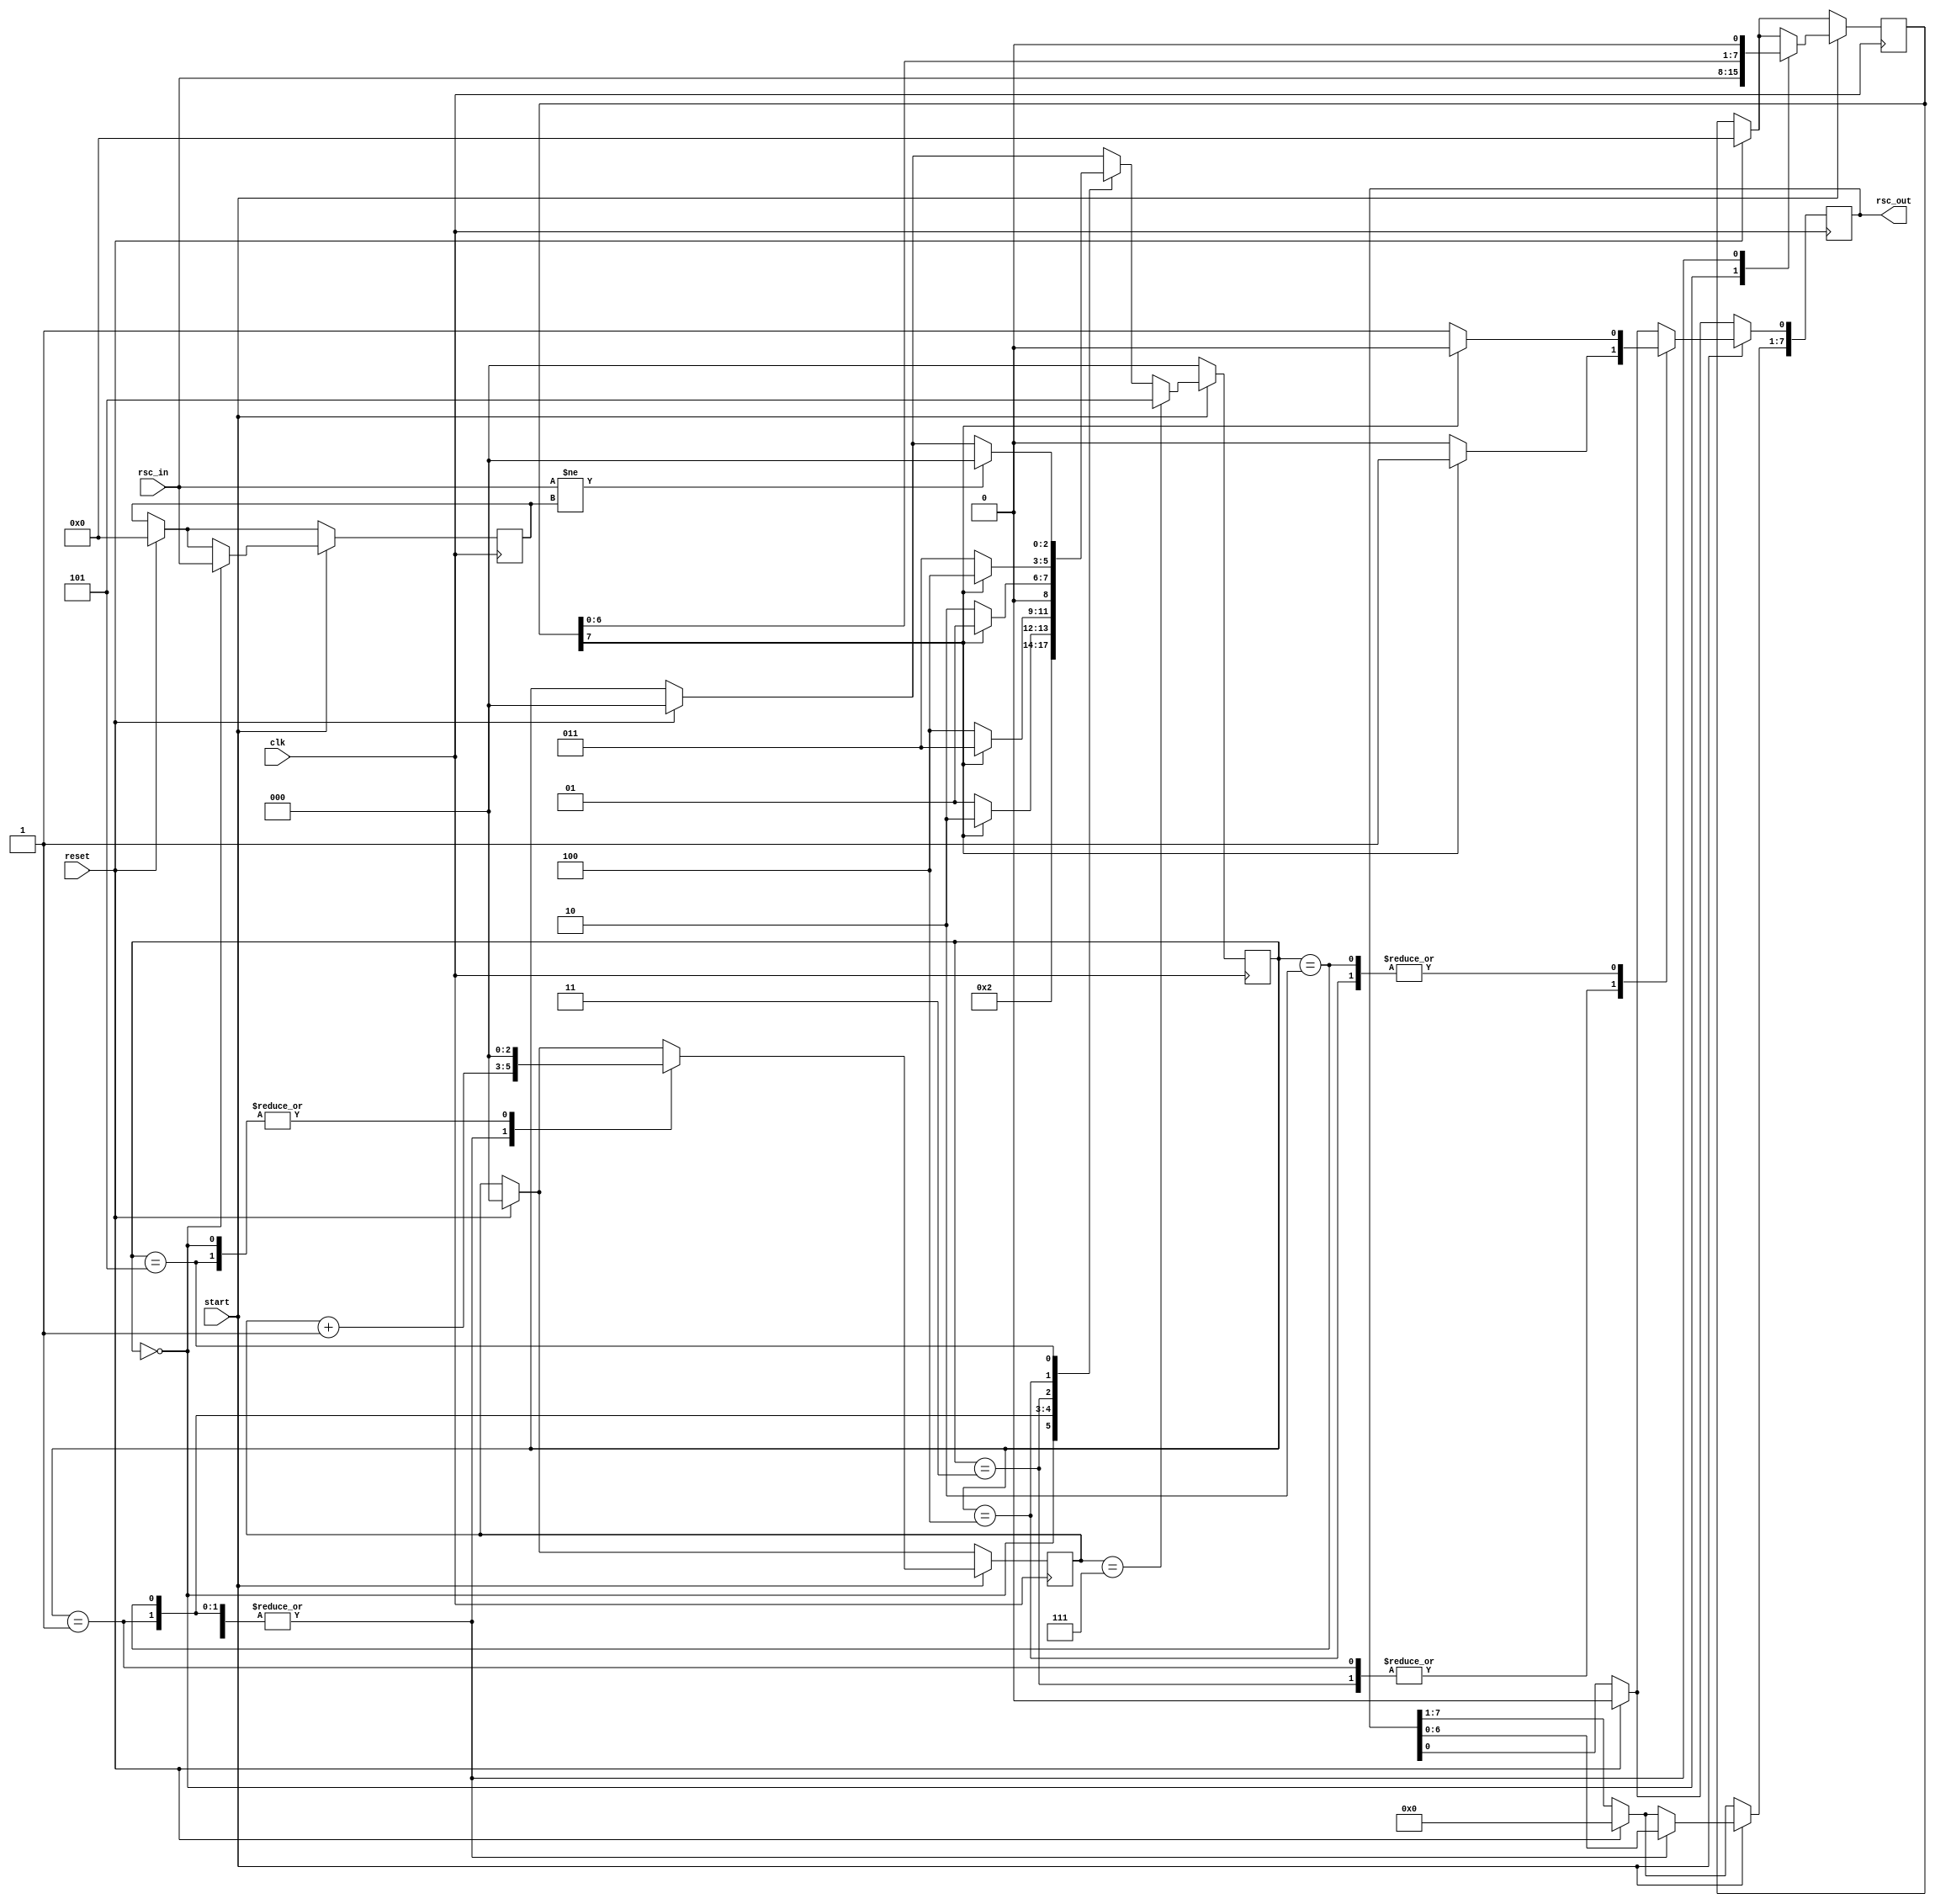
module CodorConvolutional2(clk,start,reset,rsc_in,rsc_out
);

	input      clk , start , reset;
	input      [Width-1 : 0] rsc_in;
	output reg [Width-1 : 0] rsc_out;

	parameter Width = 8; //LATIMEA VECTORULUI
	
	//States generica name 
	localparam initial_state = 3'b000;
	localparam state0        = 3'b001;
	localparam state1        = 3'b010;
	localparam state2        = 3'b011;
	localparam state3        = 3'b100;
	localparam final_state   = 3'b101;

	reg [Width-1:0] reg_temp = 8'b0;//REGISTRU AJUTOR
	reg [Width-1:0] r_rsc_in = 8'b0;//REGISTRU AJUTOR FSM
	reg [2:0]       contor   = 3'b0;//CONTOR pentru a opri FSM-ul
	reg [2:0]       state    = 3'b000;//FSM no. of states


	always@(posedge clk) begin
		if(reset) begin
			state    <=initial_state;
			contor   <= 4'b0;
			r_rsc_in <= 8'b0;
			reg_temp <= 8'b0;
			rsc_out  <= 8'b0;
		end 
		if(start==1) begin
			case(state)
				initial_state: begin //STARE INITIALA->INCARCARE REGISTRII
						r_rsc_in <= rsc_in;
						reg_temp <= rsc_in;
						state    <= state0;
						contor   <= 4'b0;
				end
					
				state0: begin
						if(r_rsc_in[Width - 1] == 1'b0) begin
							rsc_out    <= rsc_out << 1;
							rsc_out[0] <= 1'b0;
							state      <= state0;
						end else
							if(r_rsc_in[Width - 1] == 1'b1) begin
								rsc_out    <= rsc_out << 1;
								rsc_out[0] <=1'b1;
								state      <= state1;
							end
					r_rsc_in <= r_rsc_in << 1;
					contor   <= contor + 1'b1;
				end
					
				state1: begin
						if(r_rsc_in[Width - 1] == 1'b0) begin
							rsc_out    <= rsc_out << 1;
							rsc_out[0] <= 1'b1;
							state      <= state3;
						end else
							if(r_rsc_in[Width - 1] == 1'b1) begin
								rsc_out    <= rsc_out << 1;
								rsc_out[0] <= 1'b0;
								state      <= state2;
							end
					r_rsc_in <= r_rsc_in << 1;
					contor   <= contor + 1'b1;
				end
					
				state2: begin
						if(r_rsc_in[Width - 1] == 1'b0) begin
							rsc_out    <= rsc_out << 1;
							rsc_out[0] <= 1'b0;
							state      <= state1;
						end else
							if(r_rsc_in[Width - 1] == 1'b1) begin
								rsc_out    <= rsc_out << 1;
								rsc_out[0] <= 1'b1;
								state      <= state0;
							end
					r_rsc_in <= r_rsc_in << 1;
					contor   <= contor + 1'b1;
				end
					
				state3: begin
						if(r_rsc_in[Width - 1] == 1'b0) begin
							rsc_out    <= rsc_out << 1;
							rsc_out[0] <= 1'b1;
							state      <= state2;
						end else
							if(r_rsc_in[Width - 1] == 1'b1) begin
								rsc_out    <= rsc_out << 1;
								rsc_out[0] <= 1'b0;
								state      <= state3;
							end
					r_rsc_in <= r_rsc_in << 1;
					contor   <= contor + 1'b1;
				end
					
				final_state: begin //STAREA FINALA
					contor <= 3'b0;
						if(rsc_in != reg_temp) begin
							state <= initial_state;
						end
				end
			endcase
			
				if(contor == Width - 1) begin
					state<=final_state;
				end
		end
		if(start == 0)begin
			state <= initial_state;
		end
	end//END ALWAYS
endmodule